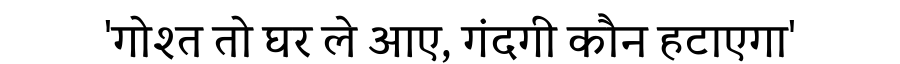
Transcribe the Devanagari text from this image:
'गोश्त तो घर ले आए, गंदगी कौन हटाएगा'